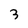
Character: 3